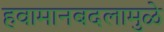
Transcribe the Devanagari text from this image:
हवामानबदलामुळे